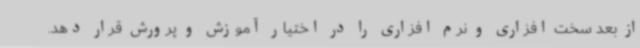
از بعد سخت افزاری و نرم افزاری را در اختیار آموزش و پرورش قرار دهد.